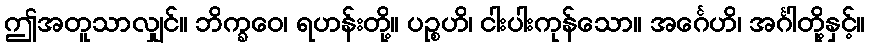
ဤအတူသာလျှင်။ ဘိက္ခဝေ၊ ရဟန်းတို့။ ပဉ္စဟိ၊ ငါးပါးကုန်သော။ အင်္ဂေဟိ၊ အင်္ဂါတို့နှင့်။